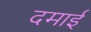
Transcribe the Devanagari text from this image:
दमाई